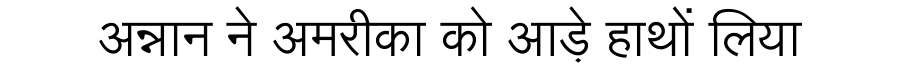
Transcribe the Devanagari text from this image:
अन्नान ने अमरीका को आड़े हाथों लिया